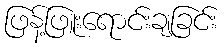
ဖြန့်ဖြူးရောင်းချခြင်း